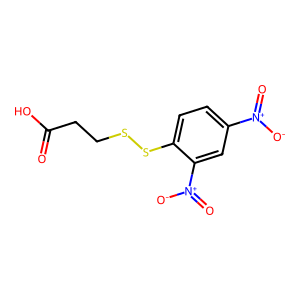
SMILES: O=C(O)CCSSc1ccc([N+](=O)[O-])cc1[N+](=O)[O-]
Inhibits HIV replication: No